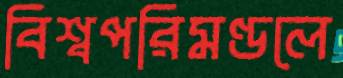
বিশ্বপরিমণ্ডলে